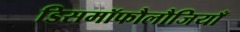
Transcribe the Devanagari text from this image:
डिसमॉफौलौजियाँ